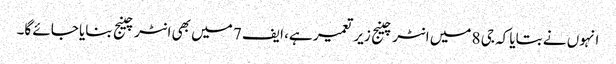
انہوں نے بتایا کہ جی 8 میں انٹرچینج زیر تعمیر ہے، ایف 7 میں بھی انٹرچینج بنایا جائے گا۔